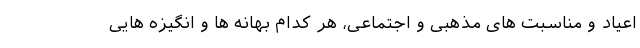
اعیاد و مناسبت های مذهبی و اجتماعی، هر کدام بهانه ها و انگیزه هایی